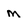
Character: M